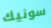
سونيك